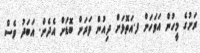
ރަށުގެ މީހުން އަވަހަށް ފ.އަތޮޅަށް ދިއުން ވަރަށް ބޮޑަށް އެދެން. އަބަދު ވެސް